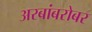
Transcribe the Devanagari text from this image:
अरबांबरोबर